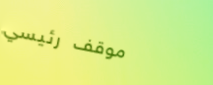
موقف رئيسي